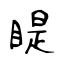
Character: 睼